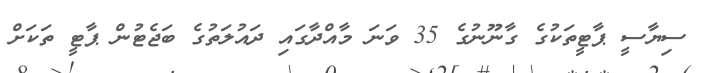
ސިޔާސީ ޕާޓީތަކުގެ ގާނޫނުގެ 35 ވަނަ މާއްދާގައި ދައުލަތުގެ ބަޖެޓުން ޕާޓީ ތަކަށް